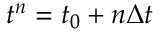
t ^ { n } = t _ { 0 } + n \Delta t